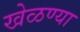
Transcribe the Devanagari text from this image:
खेळण्या